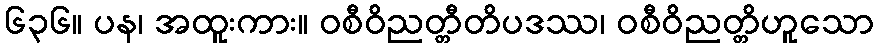
၆၃၆။ ပန၊ အထူးကား။ ဝစီဝိညတ္တီတိပဒဿ၊ ဝစီဝိညတ္တိဟူသော